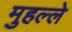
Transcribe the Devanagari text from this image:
मुहल्‍ले